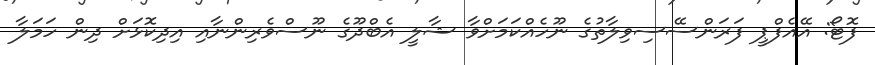
ފޮޓޯ: އޭއެފްޕީ ފަރަންސޭސިވިލާތުގެ ނޫހެއްކަމަށްވާ ޝާލީ އެބްދޫގެ ނޫސްވެރިންނާއި އިދިކޮޅަށް ދިން ހަމަލާ